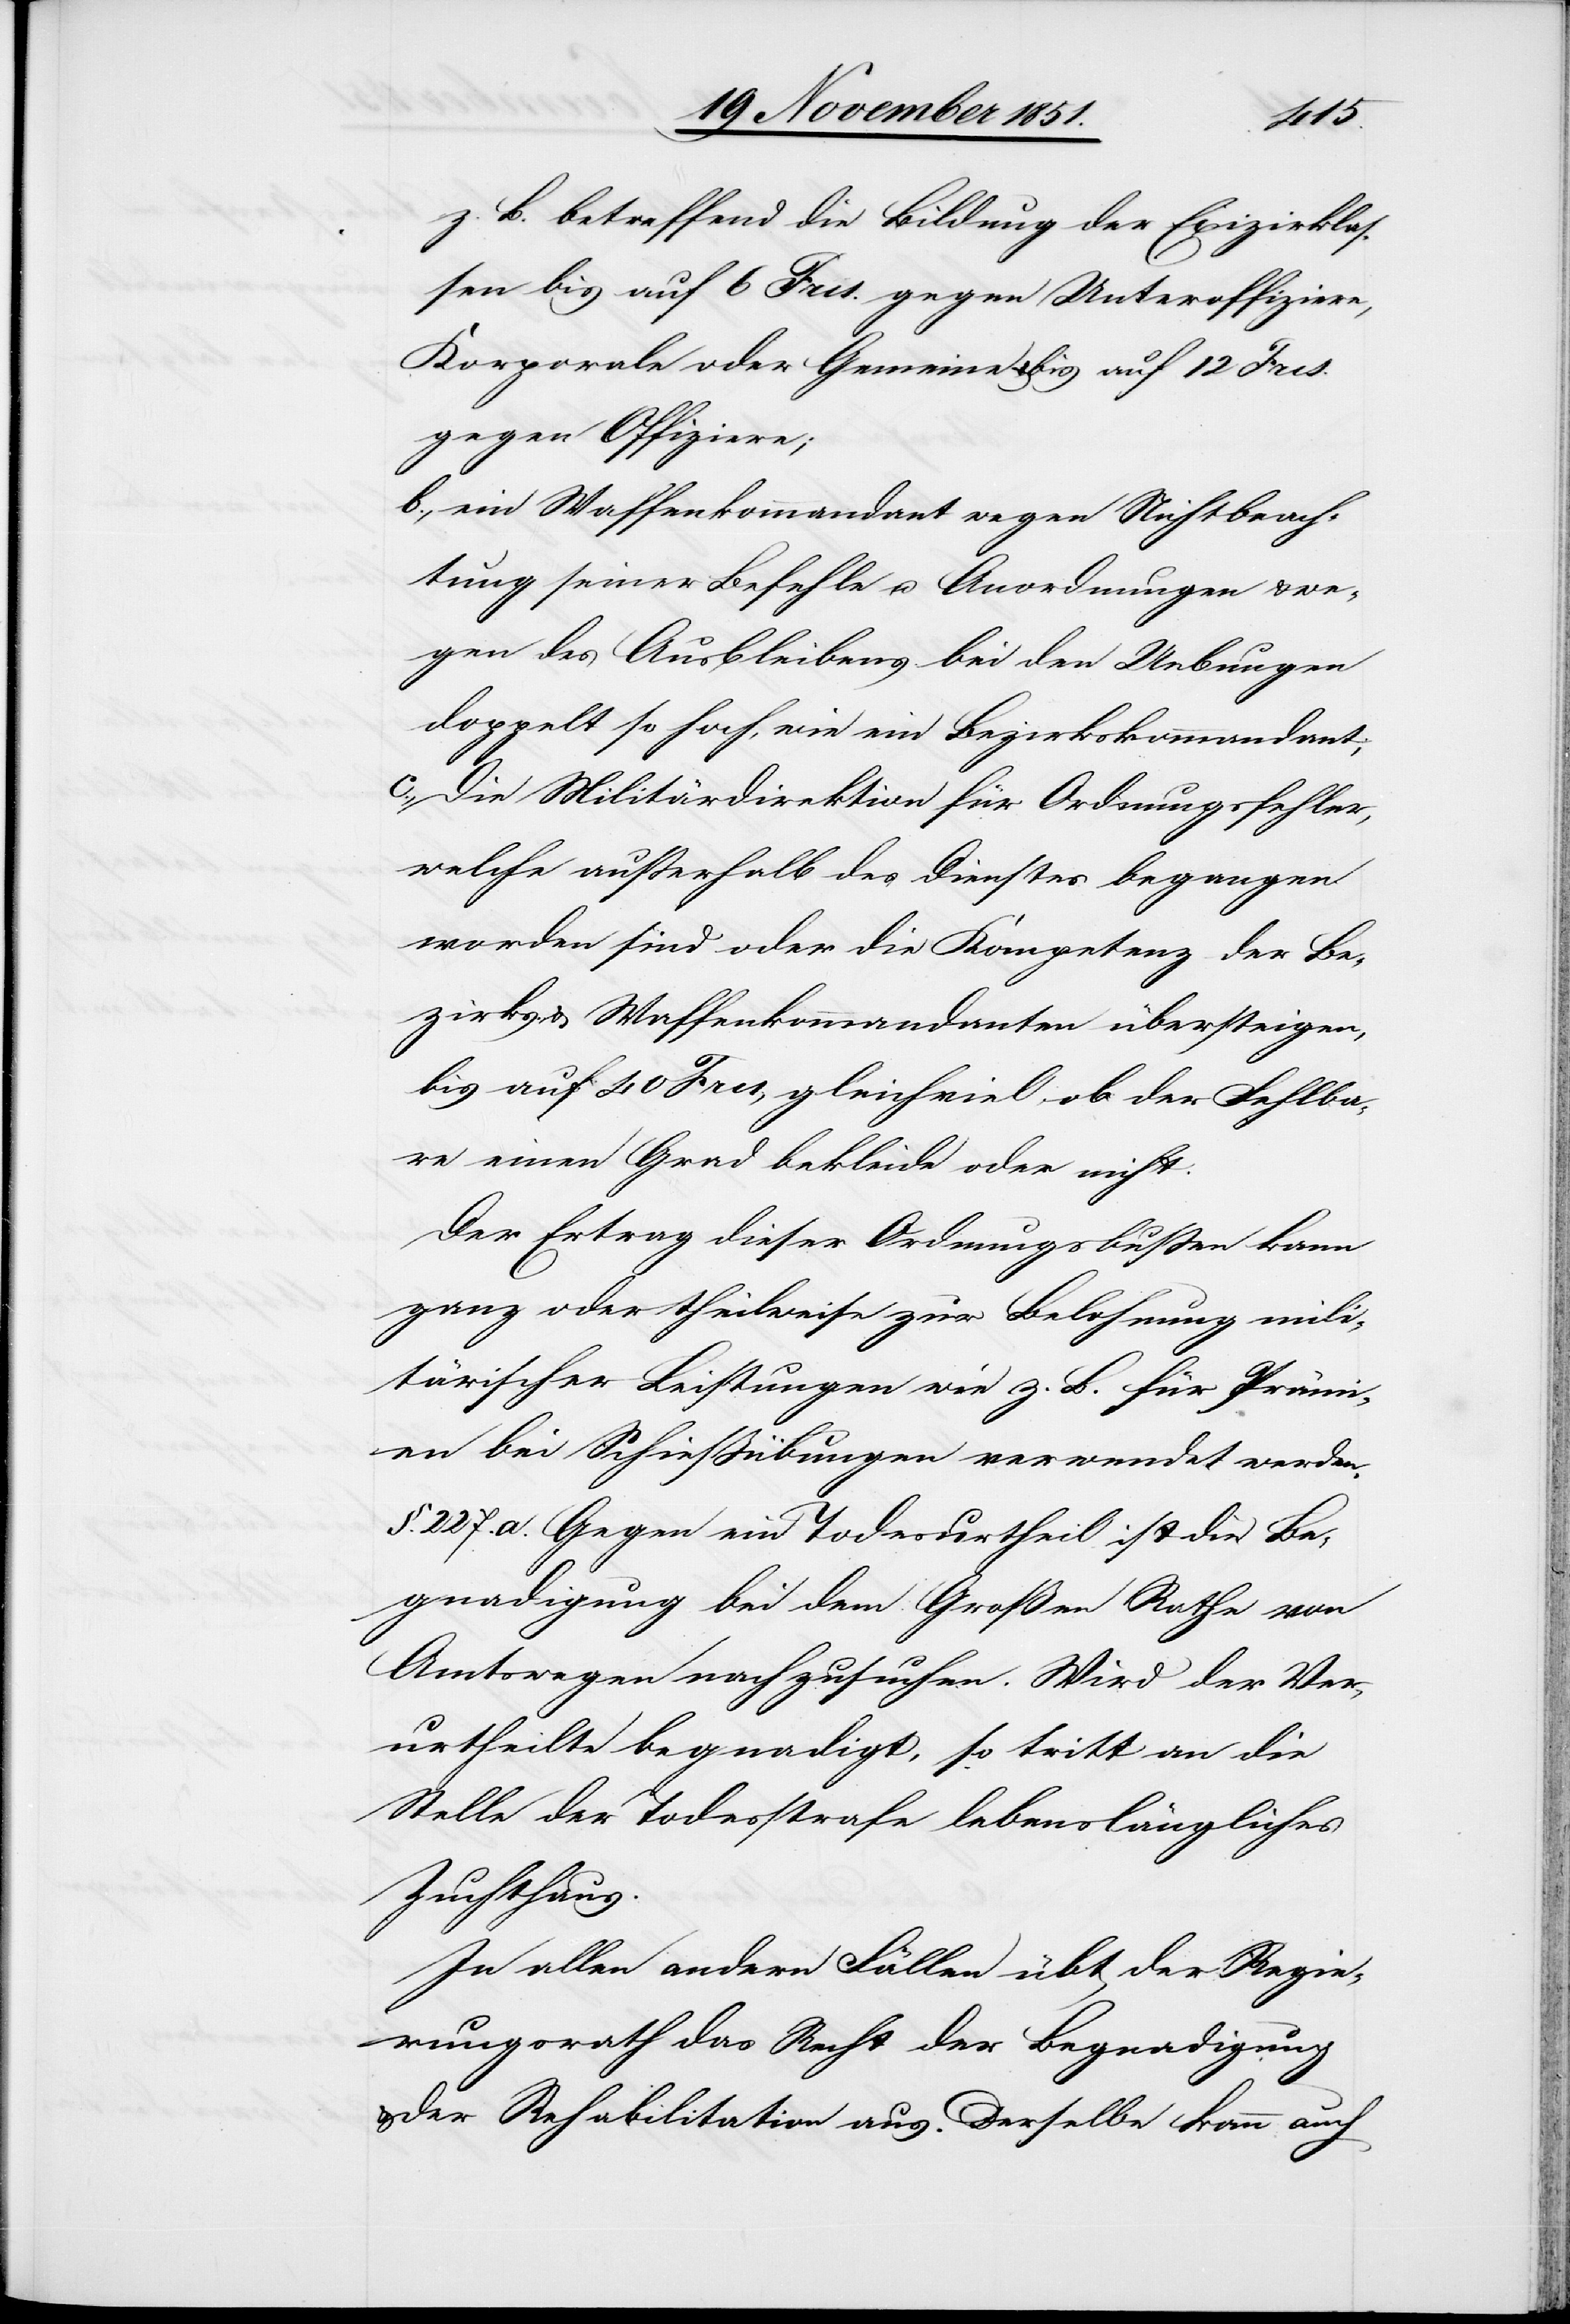
sen
z. B. betreffend die Bildung der Exizirklas¬
[sic!] bis auf 6 Frcs. gegen Unteroffiziere,
Korporale oder Gemeine & bis auf 12 Frcs.
gegen Offiziere;
ein Waffenkommandant wegen Nichtbeach¬
tung seiner Befehle u. Anordnungen & we¬
gen des Ausbleibens bei den Uebungen
doppelt so hoch, wie ein Bezirkskommandant;
Die Militärdirektion für Ordnungsfehler,
welche außerhalb des Dienstes begangen
worden sind oder die Kompetenz der Be¬
zirks- & Waffenkommandanten übersteigen,
bis auf 40 Frcs, gleichviel ob der Fehlba¬
re einen Grad bekleide oder nicht.
Der Ertrag dieser Ordnungsbußen kann
ganz oder theilweise zur Belohnung mili¬
tärischer Leistungen wie z. B. für Prämi¬
en bei Schießübungen verwendet werden.
§. 227. a. Gegen ein Todesurtheil ist die Be¬
gnadigung bei dem Großen Rathe von
Amtswegen nachzusuchen. Wird der Ver¬
urtheilte begnadigt, so tritt an die
Stelle der Todesstrafe lebenslängliches
Zuchthaus.
In allen andern Fällen übt der Regie¬
rungsrath das Recht der Begnadigung
der Rehabilitation aus. Derselbe kann auch